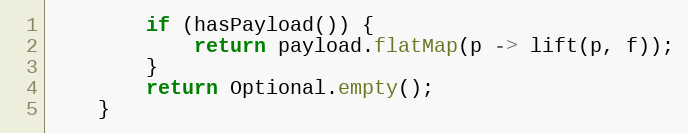
Language: Java
        if (hasPayload()) {
            return payload.flatMap(p -> lift(p, f));
        }
        return Optional.empty();
    }